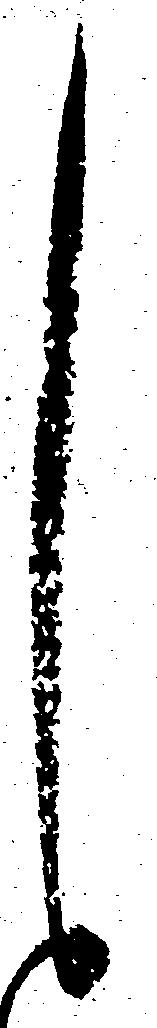
し